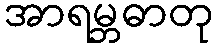
အာရမ္ဘဓာတု